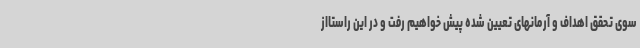
سوی تحقق اهداف و آرمانهای تعیین شده پیش خواهیم رفت و در این راستااز